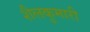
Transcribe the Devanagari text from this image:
शैलकुमारी